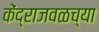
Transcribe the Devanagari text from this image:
केंद्राजवळच्या